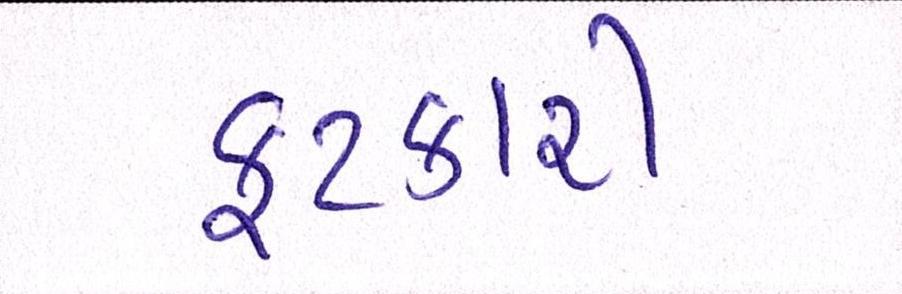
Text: ફટકારી